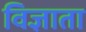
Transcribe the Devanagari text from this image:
विज्ञाता